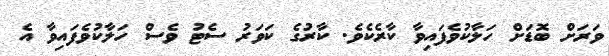
ވަރަށް ބޮޑަށް ހަލާކުވެފައިވާ ކާރެކެވެ. ކާރުގެ ކަވަރު ސެޓު ވެސް ހަލާކުވެފައިވާ އެ